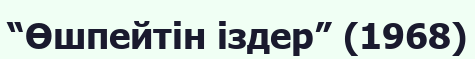
“Өшпейтін іздер” (1968)